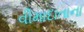
વીમાદાતાના